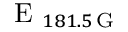
\textrm { E } _ { 1 8 1 . 5 \, \mathrm { G } }